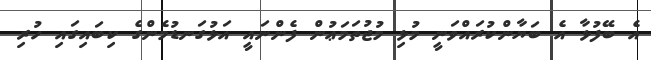
އެ ބޭފުޅާ އެ ބަޔާންކުރައްވަނީ މުޅި މުޖުތަމަޢުން ފެންނައީ އަޅުގަނޑުމެންގެ ކިބައިގައި ހުރި